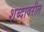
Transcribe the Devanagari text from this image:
शब्दावरील